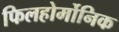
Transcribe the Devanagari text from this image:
फिलहोर्मोनिक